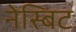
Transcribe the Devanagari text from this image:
नेस्बिट